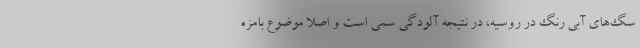
سگ‌های آبی رنگ در روسیه، در نتیجه آلودگی سمی است و اصلا موضوع بامزه